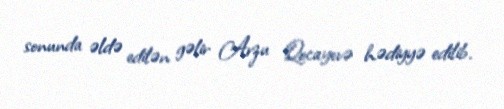
sonunda əldə edilən gəlir Arzu Qocayevə hədiyyə edilib.